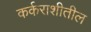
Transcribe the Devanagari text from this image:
कर्कराशीतील